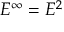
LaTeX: E ^ { \infty } = E ^ { 2 }